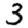
Digit: 3